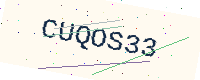
Text: CUQOS33